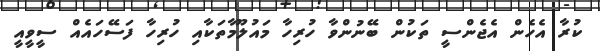
ކުރާ އެހެން އެޖެންސީ ތަކުން ބޭނުންވާ ހުރިހާ މައުލޫމާތަކާއި ހުރިހާ ފަސޭހައެއް ސީވީއީ